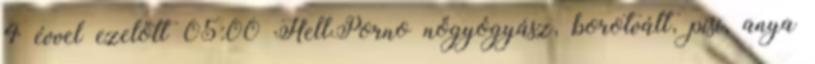
4 évvel ezelőtt 05:00 HellPorno nőgyógyász, borotvált, pisi, anya